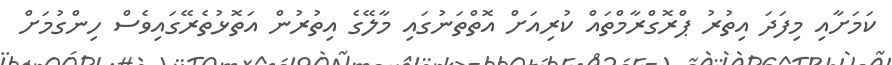
ކަަމަށާއި މިފަދަ އިތުރު ޕްރޮގްރާމްތައް ކުރިއަށް އޮތްތަނުގައި މާލޭގެ އިތުރުން އަތޮޅުތެރޭގައިވެސް ހިންގުމަށް